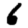
Digit: 6